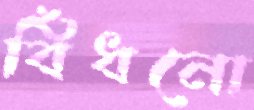
বিঁধনো